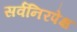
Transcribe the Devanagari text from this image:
सर्वनिरपेक्ष